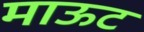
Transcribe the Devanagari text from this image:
माऊट